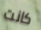
كانت